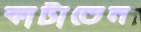
কাটাতেন